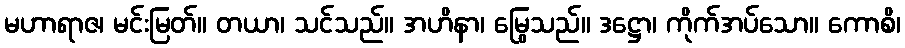
မဟာရာဇ၊ မင်းမြတ်။ တယာ၊ သင်သည်။ အဟိနာ၊ မြွေသည်။ ဒဋ္ဌော၊ ကိုက်အပ်သော။ ကောစိ၊